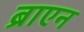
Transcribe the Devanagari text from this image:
ब्राएन